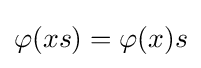
\varphi (xs)=\varphi (x)s